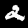
Label: 2